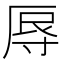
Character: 𭔱